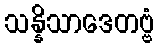
သန္နိသာဒေတဗ္ဗံ